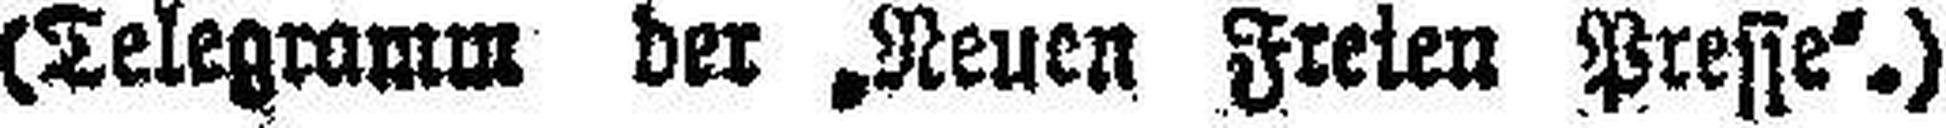
(Telegramm der „Neuen Freien Presse“.)